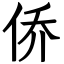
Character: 侨